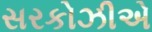
સરકોઝીએ